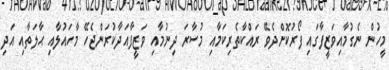
މީހުން ނެގުމާއިވަޒީފާގައި ފޯރުކޮށްދެވޭ ރައްކާތެރިކަމާއި މުސާރަ ދިނުމާއި ވަޒީފާއަދާކުރަންޖެހޭ މާހައުލާއި ޙާލަތާއި އަދި